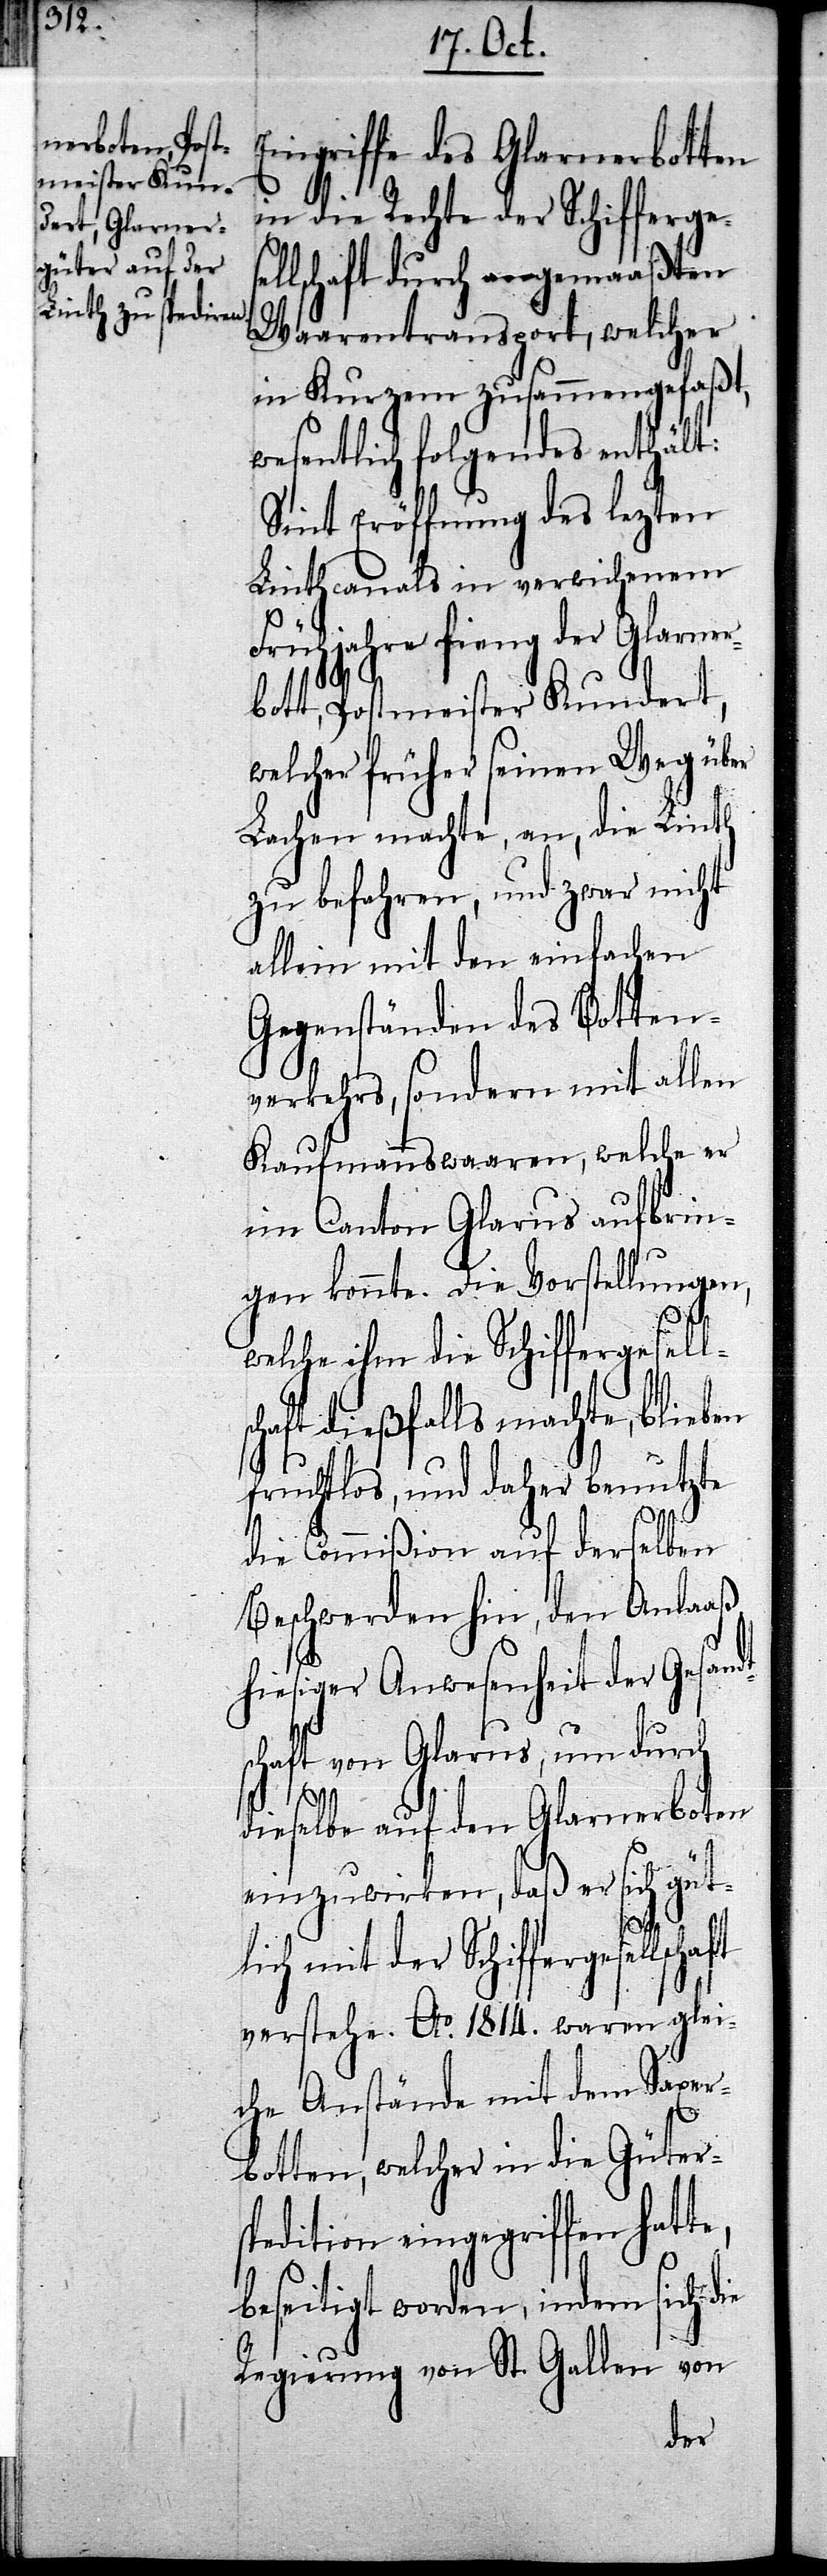
ingriffe des Glarnerbotten
in die Rechte der Schifferge¬
lschaft durch angemaaßten
Waarentransport, welcher
in Kurzem zusammengefaßt,
wesentlich folgendes enthält:
Sint Eröffnung des lezten
Linthcanals in verwichenem
Frühjahre fieng der Glarner¬
bott, Postmeister Kundert,
welcher früher seinen Weg über
Lachen machte, an, die Linth
zu befahren, und zwar nicht
allein mit den einfachen
Gegenständen des Botten¬
verkehrs, sondern mit allen
Kaufmannswaaren, welche er
im Canton Glarus aufbrin¬
gen konnte. Die Vorstellungen,
welche ihm die Schiffergesell¬
haft dießfalls machte, blieben
fruchtlos, und daher benutzte
die Commißion auf derselben
Beschwerden hin, den Anlaaß
hiesiger Anwesenheit der Gesand¬
schaft von Glarus, um durch
te,
dieselbe auf den Glarnerboten
einzuwirken, daß er sich güt¬
lich mit der Schiffergesel¬
verstehe. Ao. 1814. waren glei¬
che Anstände mit dem Saxer¬
botten, welcher in die Güters¬
pedition eingegriffen hat¬
beseitigt worden, indem sich die
Regierung von St. Gallen von